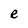
Character: e